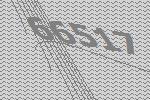
66517